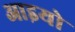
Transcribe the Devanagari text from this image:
आइयो